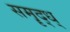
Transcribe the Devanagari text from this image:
समॄद्ध्